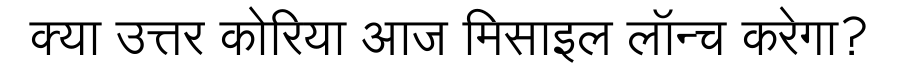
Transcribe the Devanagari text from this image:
क्या उत्तर कोरिया आज मिसाइल लॉन्च करेगा?